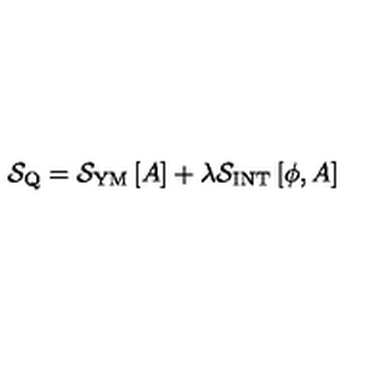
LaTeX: { \mathcal S } _ { \mathrm { \scriptsize Q } } = { \mathcal S } _ { \mathrm { \scriptsize Y M } } \left[ A \right] + \lambda { \mathcal S } _ { \mathrm { \scriptsize I N T } } \left[ \phi , A \right]